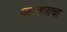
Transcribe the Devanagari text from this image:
गठ्ठ्याचा